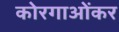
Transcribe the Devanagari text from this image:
कोरगाओंकर